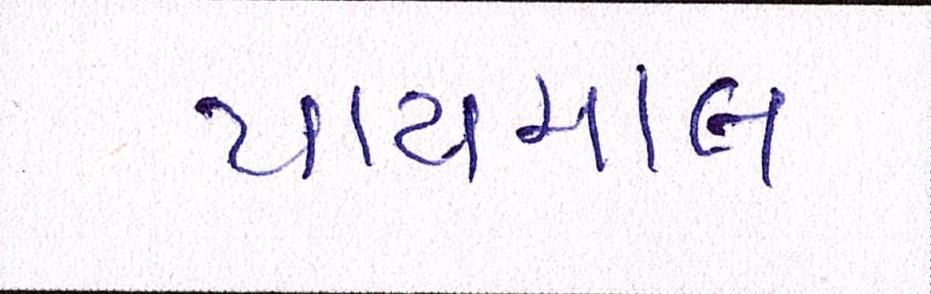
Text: પાયમાલ